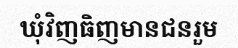
ឃុំវិញធិញមានជនរួម